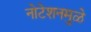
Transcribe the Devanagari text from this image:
नोटेशनमुळे